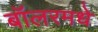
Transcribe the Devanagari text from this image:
बॉलरमधे